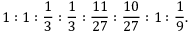
1 : 1 : \frac { 1 } { 3 } : \frac { 1 } { 3 } : \frac { 1 1 } { 2 7 } : \frac { 1 0 } { 2 7 } : 1 : \frac { 1 } { 9 } .